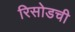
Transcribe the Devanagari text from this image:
रिसोडची